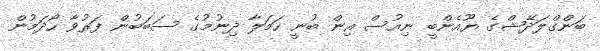
ބަންގްލަދޭޝްގެ ޔޫއެންބީ ނިއުސް އިން ބުނީ ހަމަލާ ދިނުމުގެ ސަބަބުން ފަރުވާ ހޯދަމުން